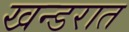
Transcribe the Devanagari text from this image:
खन्डरात